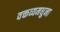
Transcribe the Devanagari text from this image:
वक्तव्यमधुना